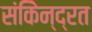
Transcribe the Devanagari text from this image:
संकेिन्द्रत